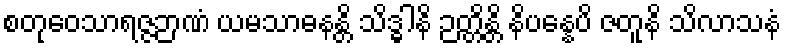
စတုဝေသာရဇ္ဇဉာဏံ ယမသာဓနန္တိ သိဒ္ဓါနိ ဉတ္တိန္တိ နိပန္နေပိ ဇတူနိ သိလာသနံ